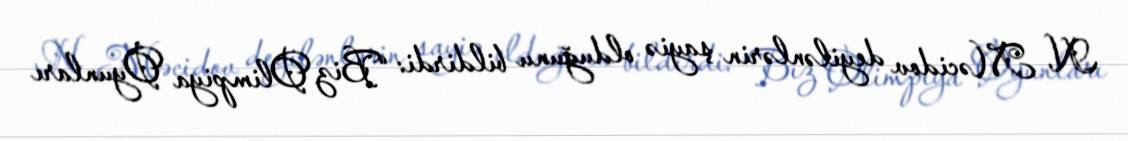
N. Məcidov deyilənlərin şayiə olduğunu bildirdi: “Biz Olimpiya Oyunları